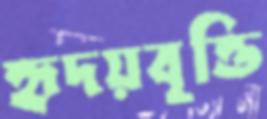
হৃদয়বৃত্তি